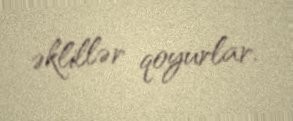
əklillər qoyurlar.